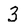
Character: 3